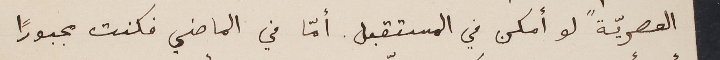
العصريّة" لو أمكن في المستقبل. أمّا في الماضي فكنت مجبوراً